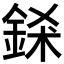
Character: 𨦾